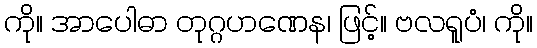
ကို။ အာပေါဓာ တုဂ္ဂဟဏေန၊ ဖြင့်။ ဗလရူပံ၊ ကို။